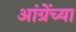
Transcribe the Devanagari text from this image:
आंग्रेंच्या